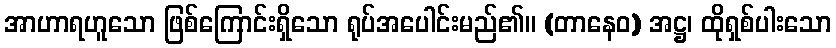
အာဟာရဟူသော ဖြစ်ကြောင်းရှိသော ရုပ်အပေါင်းမည်၏။ (တာနေဝ) အဋ္ဌ၊ ထိုရှစ်ပါးသော